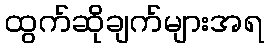
ထွက်ဆိုချက်များအရ